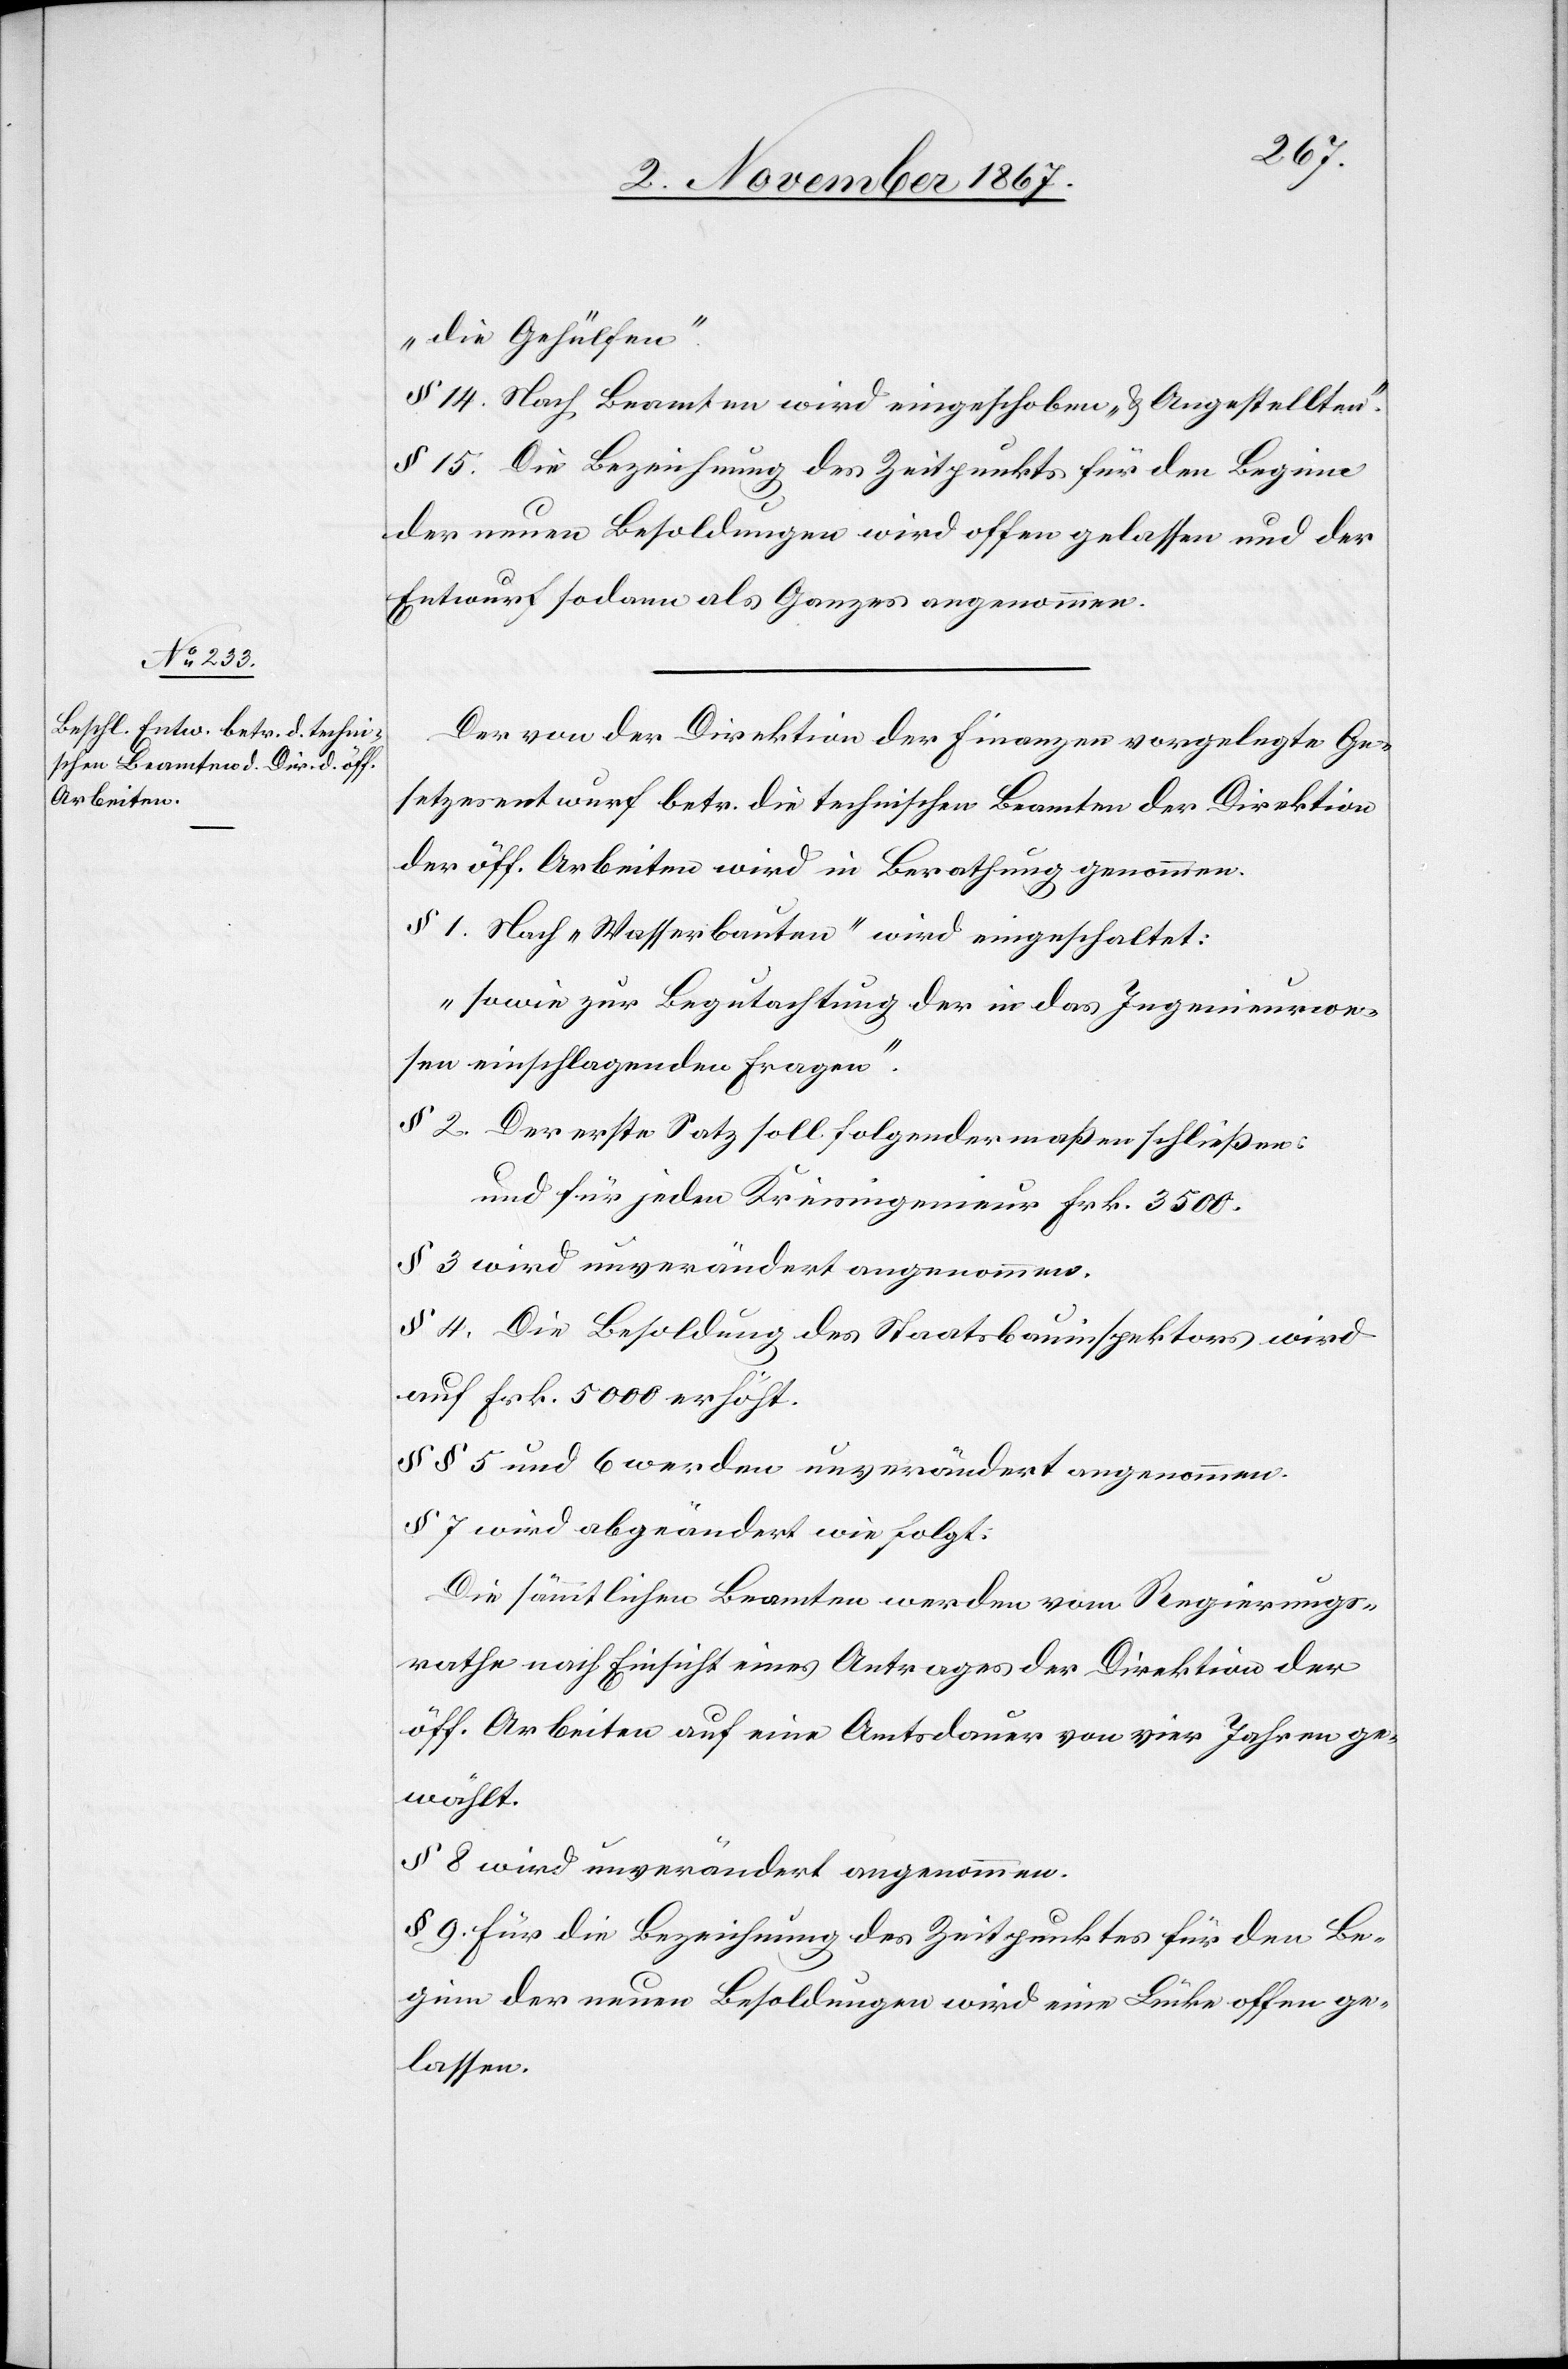
„die Gehülfen“.
§ 14. Nach Beamten wird eingeschoben „u. Angestellten“.
§ 15. Die Bezeichnung des Zeitpunktes für den Beginn
der neuen Besoldungen wird offen gelassen und der
Entwurf sodann als Ganzes angenommen.
Der von der Direktion der Finanzen vorgelegte Ge¬
setzesentwurf betr. die technischen Beamten der Direktion
der öff. Arbeiten wird in Berathung genommen.
§ 1. Nach „Wasserbauten“ wird eingeschaltet:
„sowie zur Begutachtung der in das Ingenieurwe¬
sen einschlagenden Fragen“.
§ 2. Der erste Satz soll folgendermaßen schließen:
und für jeden Kreisingenieur Frk. 3500.
§ 4. Die Besoldung des Staatsbauinspektors wird
auf Frk. 5000 erhöht.
§§ 5 und 6 werden unverändert angenommen.
§ 7 wird abgeändert wie folgt:
Die sämmtlichen Beamten werden vom Regierungs¬
rathe nach Einsicht eines Antrages der Direktion der
öff. Arbeiten auf eine Amtsdauer von vier Jahren ge¬
wählt.
§ 8 wird unverändert angenommen.
§ 9 Für die Bezeichnung des Zeitpunktes für den Be¬
ginn der neuen Besoldungen wird eine Lücke offen ge¬
lassen.